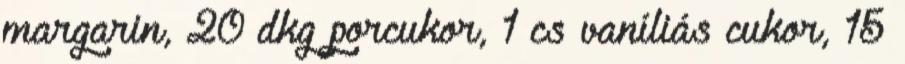
margarin, 20 dkg porcukor, 1 cs vaníliás cukor, 15